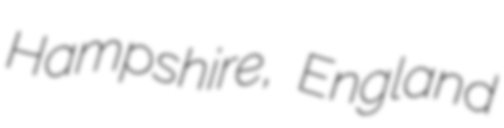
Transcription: Hampshire, England